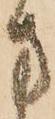
方